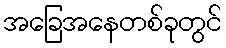
အခြေအနေတစ်ခုတွင်